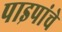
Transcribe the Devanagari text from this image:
पाइपांचे